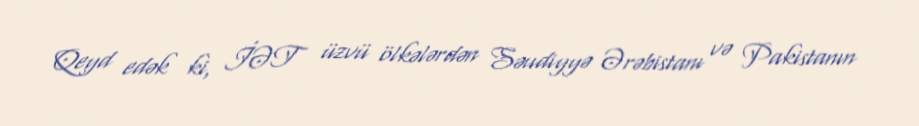
Qeyd edək ki, İƏT üzvü ölkələrdən Səudiyyə Ərəbistanı və Pakistanın